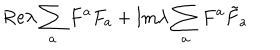
\mathrm { R e } \lambda \sum _ { a } F ^ { a } F _ { a } + \mathrm { I m } \lambda \sum _ { a } F ^ { a } { \tilde { F } _ { a } }